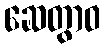
ဆေတွာဝ